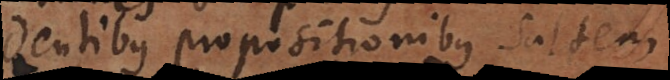
dentibus propositionibus, saltem